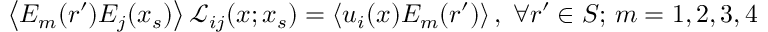
\left\langle { E _ { m } ( \boldsymbol { r } ^ { \prime } ) E _ { j } ( \boldsymbol { x } _ { s } ) } \right\rangle \mathcal { L } _ { i j } ( \boldsymbol { x } ; \boldsymbol { x } _ { s } ) = \left\langle { u _ { i } ( \boldsymbol { x } ) E _ { m } ( \boldsymbol { r } ^ { \prime } ) } \right\rangle , \; \forall r ^ { \prime } \in S ; \, m = 1 , 2 , 3 , 4